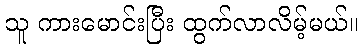
သူ ကားမောင်းပြီး ထွက်လာလိမ့်မယ်။